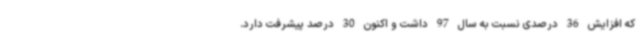
که افزایش 36 درصدی نسبت به سال 97 داشت و اکنون 30 درصد پیشرفت دارد.